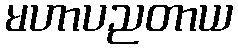
မဟာပညတာယ